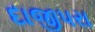
દાજીપરા